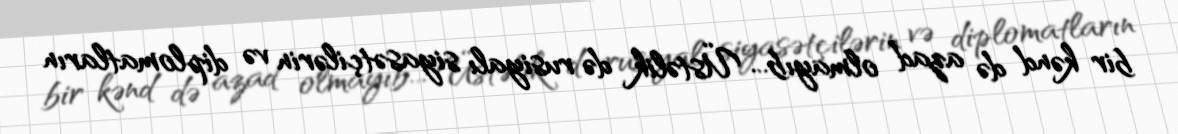
bir kənd də azad olmayıb... Üstəlik də rusiyalı siyasətçilərin və diplomatların